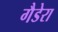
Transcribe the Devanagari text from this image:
गैडेरा